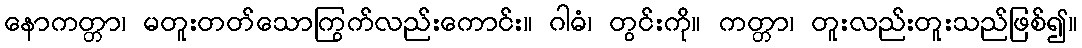
နောကတ္တာ၊ မတူးတတ်သောကြွက်လည်းကောင်း။ ဂါဓံ၊ တွင်းကို။ ကတ္တာ၊ တူးလည်းတူးသည်ဖြစ်၍။